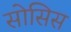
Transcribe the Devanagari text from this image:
सोसिस